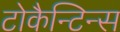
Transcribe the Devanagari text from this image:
टोकैन्टिन्स